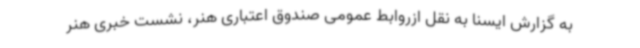
به گزارش ایسنا به نقل ازروابط عمومی صندوق اعتباری هنر، نشست خبری هنر